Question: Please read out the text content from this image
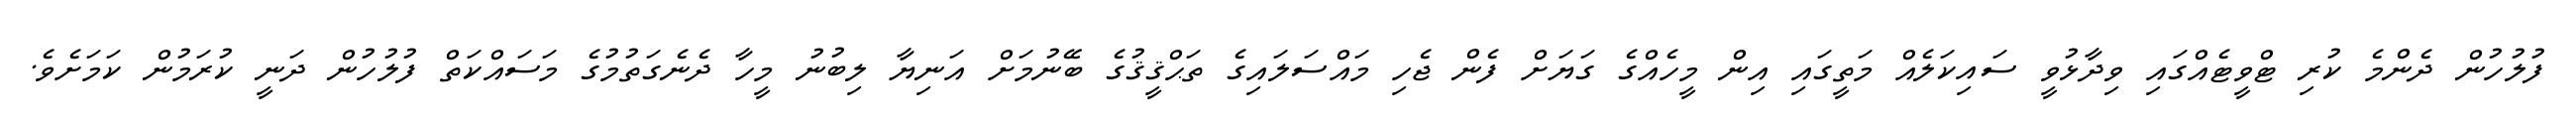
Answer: ފުލުހުން ދެންމެ ކުރި ޓްވީޓެއްގައި ވިދާޅުވީ ސައިކަލެއް މަތީގައި އިން މީހެއްގެ ގަޔަށް ފެން ޖެހި މައްސަލައިގެ ތަޙްޤީޤުގެ ބޭނުމަށް އަނިޔާ ލިބުނު މީހާ ދެނެގަތުމުގެ މަސައްކަތް ފުލުހުން ދަނީ ކުރަމުން ކަމަށެވެ.